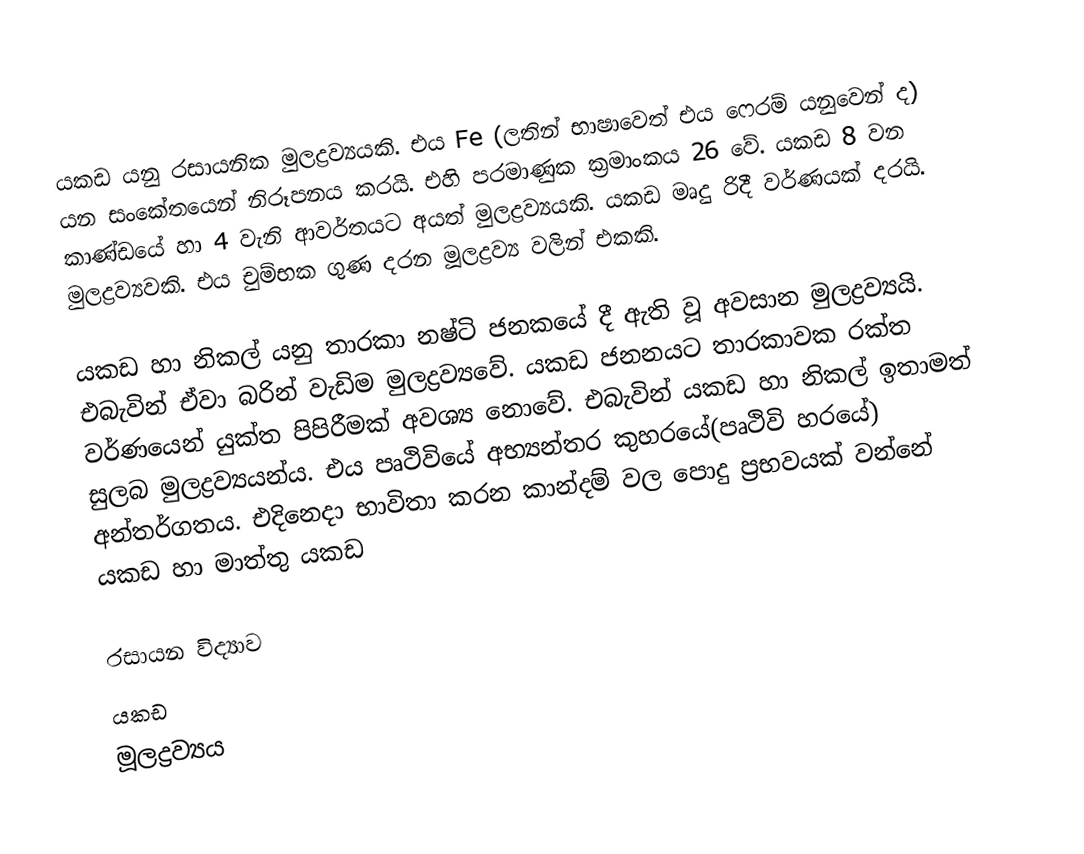
යකඩ යනු රසායනික මුලද්‍රව්‍යයකි. එය Fe (ලතින් භාෂාවෙත් එය ෆෙරම් යනුවෙන් ද) යන සංකේතයෙන් නිරූපනය කරයි. එහි පරමාණුක ක්‍රමාංකය 26 වේ. යකඩ 8 වන කාණ්ඩයේ හා 4 වැනි ආවර්තයට අයත් මුලද්‍රව්‍යයකි. යකඩ මෘදු රිදී වර්ණයක් දරයි. මුලද්‍රව්‍යවකි. එය චුම්භක ගුණ දරන මූලද්‍රව්‍ය වලින් එකකි.

යකඩ හා නිකල් යනු තාරකා නෂ්ටි ජනකයේ දී ඇති වූ අවසාන මුලද්‍රව්‍යයි. එබැවින් ඒවා බරින් වැඩිම මුලද්‍රව්‍යවේ. යකඩ ජනනයට තාරකාවක රක්ත වර්ණයෙන් යුක්ත පිපිරීමක් අවශ්‍ය නොවේ. එබැවින් යකඩ හා නිකල් ඉතාමත් සුලබ මුලද්‍රව්‍යයන්ය. එය පෘථිවියේ අභ්‍යන්තර කුහරයේ(පෘථිවි හරයේ) අන්තර්ගතය. එදිනෙදා භාවිතා කරන කාන්දම් වල පොදු ප්‍රභවයක් වන්නේ යකඩ හා මාත්තු යකඩ

රසායන විද්‍යාව
යකඩ
මූලද්‍රව්‍යය